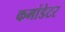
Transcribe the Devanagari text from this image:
कमांडेटर